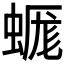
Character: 𧎞